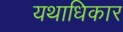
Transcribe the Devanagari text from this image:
यथाधिकार